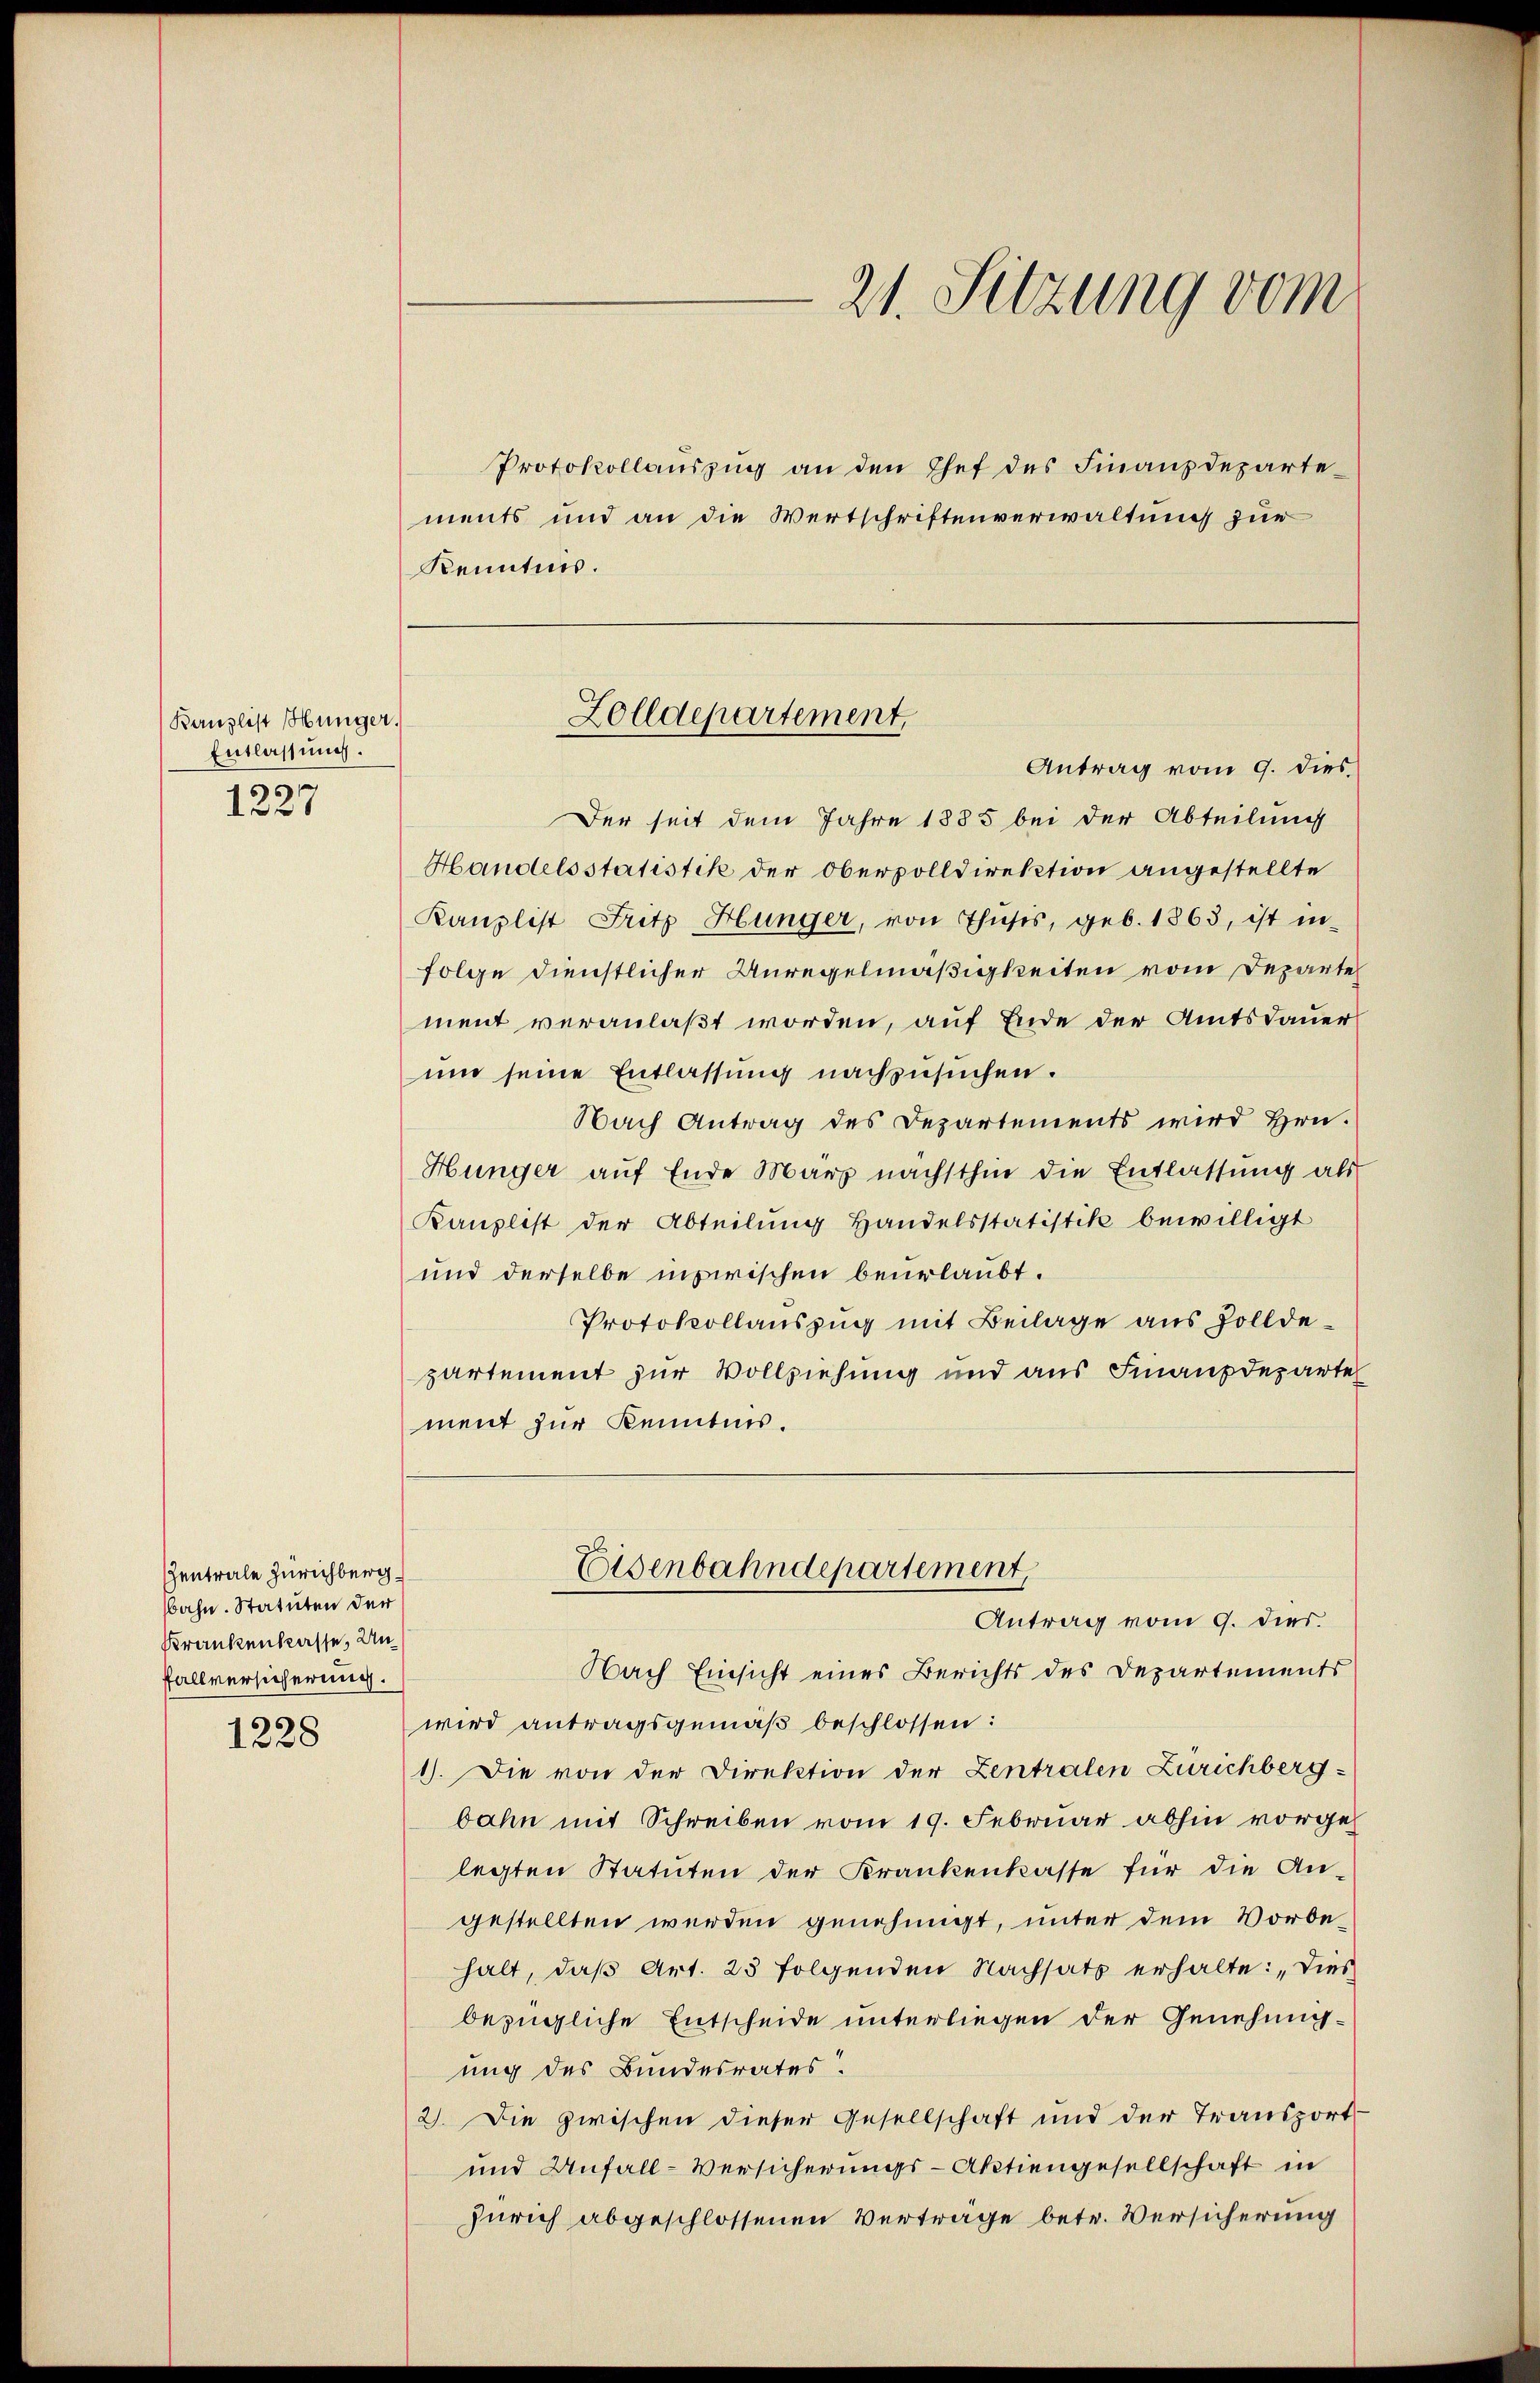
Kanzlist Hunger.
Entlassung.
1227

Gentrale Zürichberg.
Bahn. Statuten der
Krankenkasse, Unfallversicherung.

1228

Protokollaŭszŭg an den Chef des Finanzdeparte-
ments und an die Wertschriftenverwaltungs zur
Kenntnis.

Der seit dem Jahre 1885 bei der Abteilung
Handelsstatistik der Obervolldirektion angestellte
Kanzlist Fritz Hunger, von Thusis, geb. 1863, ist in-
folge dienstlicher Unregelmäßigkeiten vom Departe
ment veranlaßt worden, auf Ende der Amtsdauer
um seine Entlassung nachzusuchen.
Nach Antrag des Departements wird Hrn.
Hunger auf Ende März nächsthin die Entlassung als
Kanzlist der Abteilung Handelsstatistik bewilligt
und derselbe inzwischen beurlaubt.
Protokollauszug mit Beilage aus Zolldepartement zur Vollziehung und aus Finanzdeparte
ment zur Kenntnis.
Eisenbahndepartement,
Antrag vom 9. dies.
Nach Einsicht eines Berichts des Departements
wird antragsgemäß beschlossen:
1). Die von der Direktion der Zentralen Zurichberg-
bahn mit Schreiben vom 19. Februar abhin vorgelegten Statuten der Krankenkasse für die An-
gestellten werden genehmigt, unter dem Vorbehalt, daß Art. 23 folgenden Nachsatz erhalte: „Dies
bezügliche Entscheide unterliegen der Genehmigung des Bundesrates.
2). Die zwischen dieser Gesellschaft und der Transport
und Unfall-Versicherungs-Aktiengesellschaft in
Zürich abgeschlossenen Verträge betr. Versicherung

21. Sitzung vom

Zolldepartement,
Antrag vom 9. dies